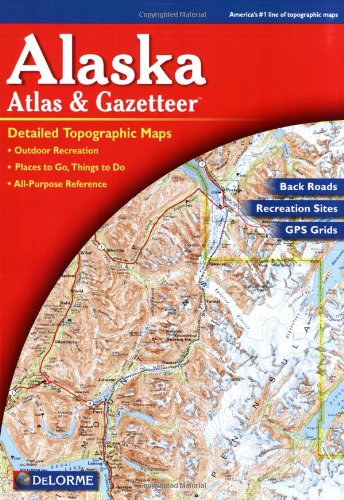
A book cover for Alaska Atlas & Gazetteer; DeLorme; Reference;